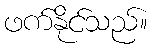
ဖက်နိုင်သည်။